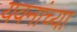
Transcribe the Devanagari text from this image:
यवनांच्या